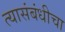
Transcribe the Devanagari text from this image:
त्यासंबंधीचा